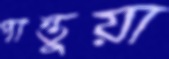
পান্তুয়া